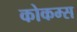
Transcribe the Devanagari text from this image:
कोकम्स